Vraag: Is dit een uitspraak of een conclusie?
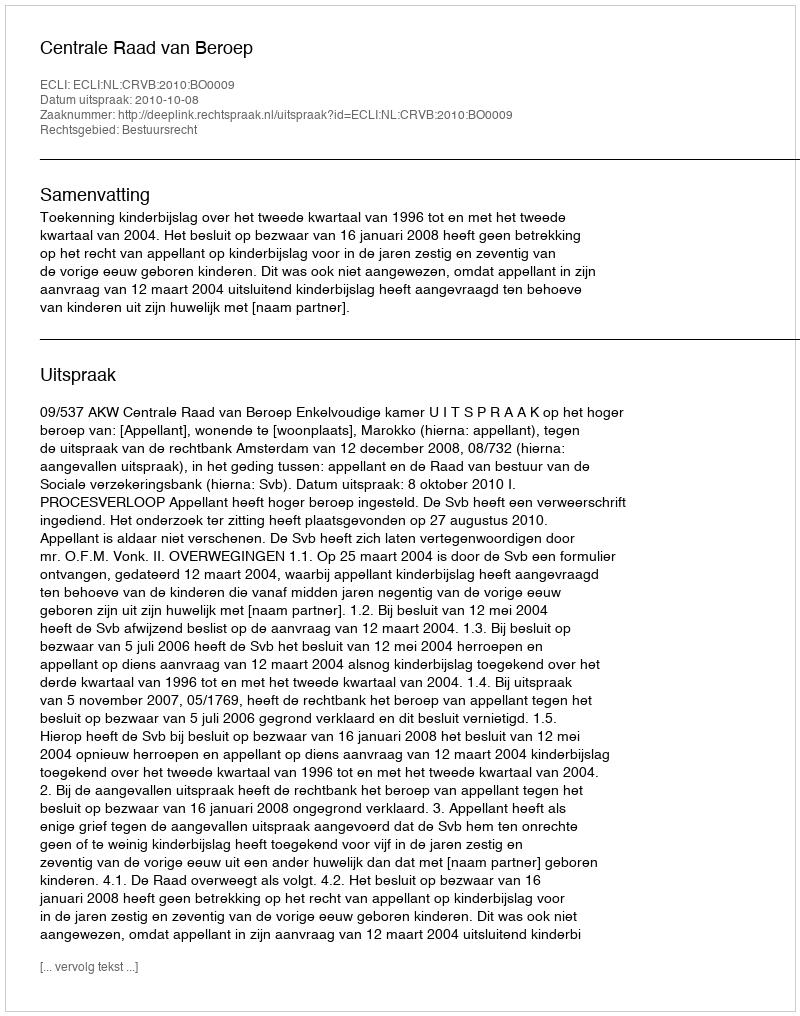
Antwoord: Uitspraak